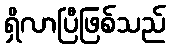
ရှိလာပြီဖြစ်သည်